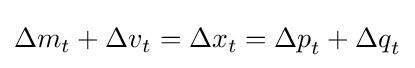
{\Delta m}_{t}+{\Delta v}_{t}={\Delta x}_{t}={\Delta p}_{t}+{\Delta q}_{t}